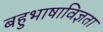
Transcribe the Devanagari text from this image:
बहुभाषाविज्ञता